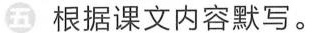
五 根据课文内容默写。